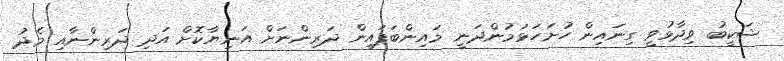
ޝަކީބު ވިދާޅުވީ ގިނައިން ހުށަހަޅަމުންދަނީ މައިންބަފައިން ދަރިންނަށް އަނިޔާކޮށް އަދި ދަރިންނާއި މެދު